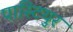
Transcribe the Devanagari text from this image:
पास्टियुर